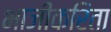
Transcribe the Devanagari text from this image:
भाजीकरिता